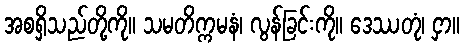
အစရှိသည်တို့ကို။ သမတိက္ကမနံ၊ လွန်ခြင်းကို။ ဒေဿတုံ၊ ငှာ။